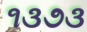
૧૩૭૩